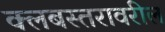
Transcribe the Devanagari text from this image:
क्लबस्तरावरील